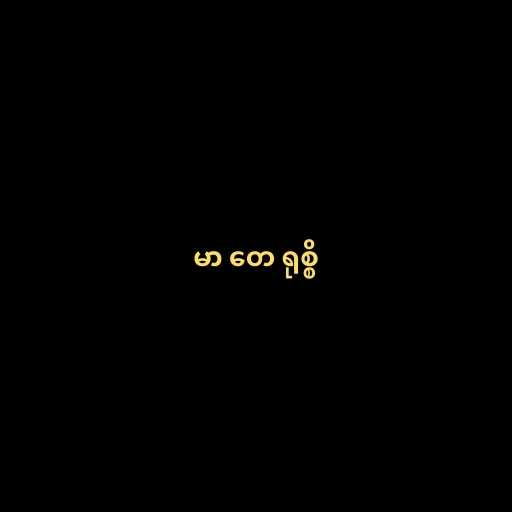
မာ တေ ရုစ္စိ